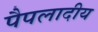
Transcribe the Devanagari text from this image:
पैपलादीय